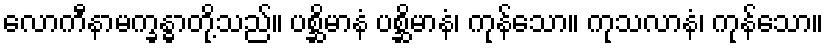
လောကီနာမက္ခန္ဓာတို့သည်။ ပစ္ဆိမာနံ ပစ္ဆိမာနံ၊ ကုန်သော။ ကုသလာနံ၊ ကုန်သော။